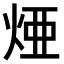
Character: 𤉁